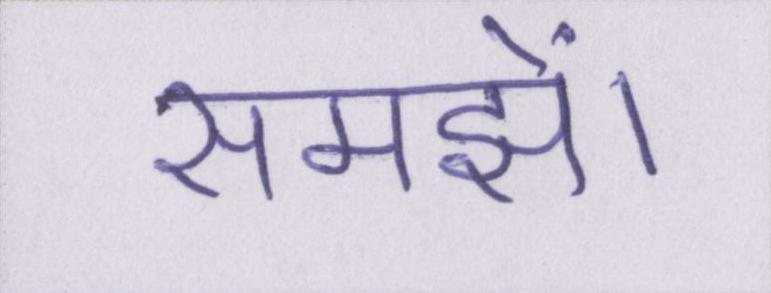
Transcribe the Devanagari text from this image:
समझें।